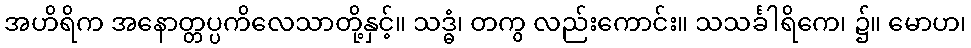
အဟိရိက အနောတ္တပ္ပကိလေသာတို့နှင့်။ သဒ္ဓံ၊ တကွ လည်းကောင်း။ သသင်္ခါရိကေ၊ ၌။ မောဟ၊